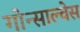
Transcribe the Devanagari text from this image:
गोन्साल्वेस